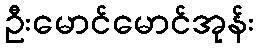
ဦးမောင်မောင်အုန်း